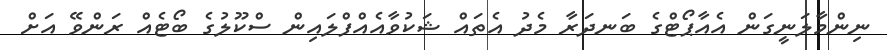
ނިންމާލަނީގަން އެއާޕޯޓްގެ ބަނދަރާ މެދު އެތައް ޝަކުވާއެއްފްލައިން ސްކޫލުގެ ބޯޓެއް ރަންވޭ އަށް